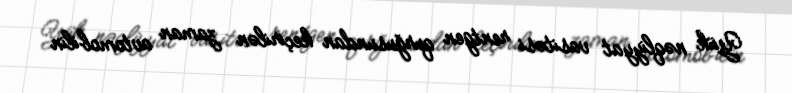
Yük nəqliyyat vasitəsi rentgen qurğusundan keçirilən zaman avtomobilin